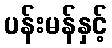
ပန်းမန်နှင့်